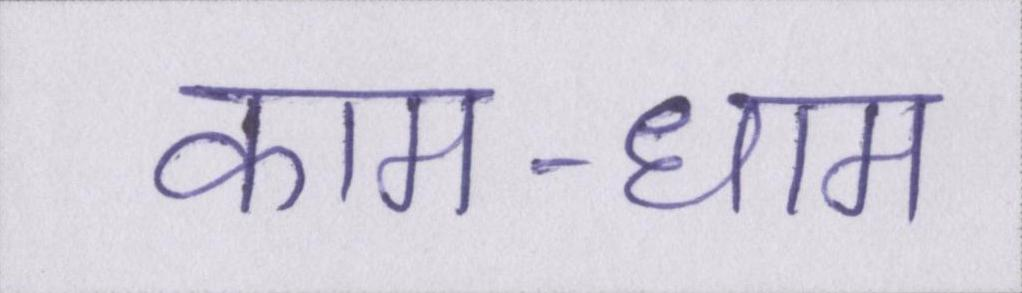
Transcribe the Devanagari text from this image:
काम-धाम